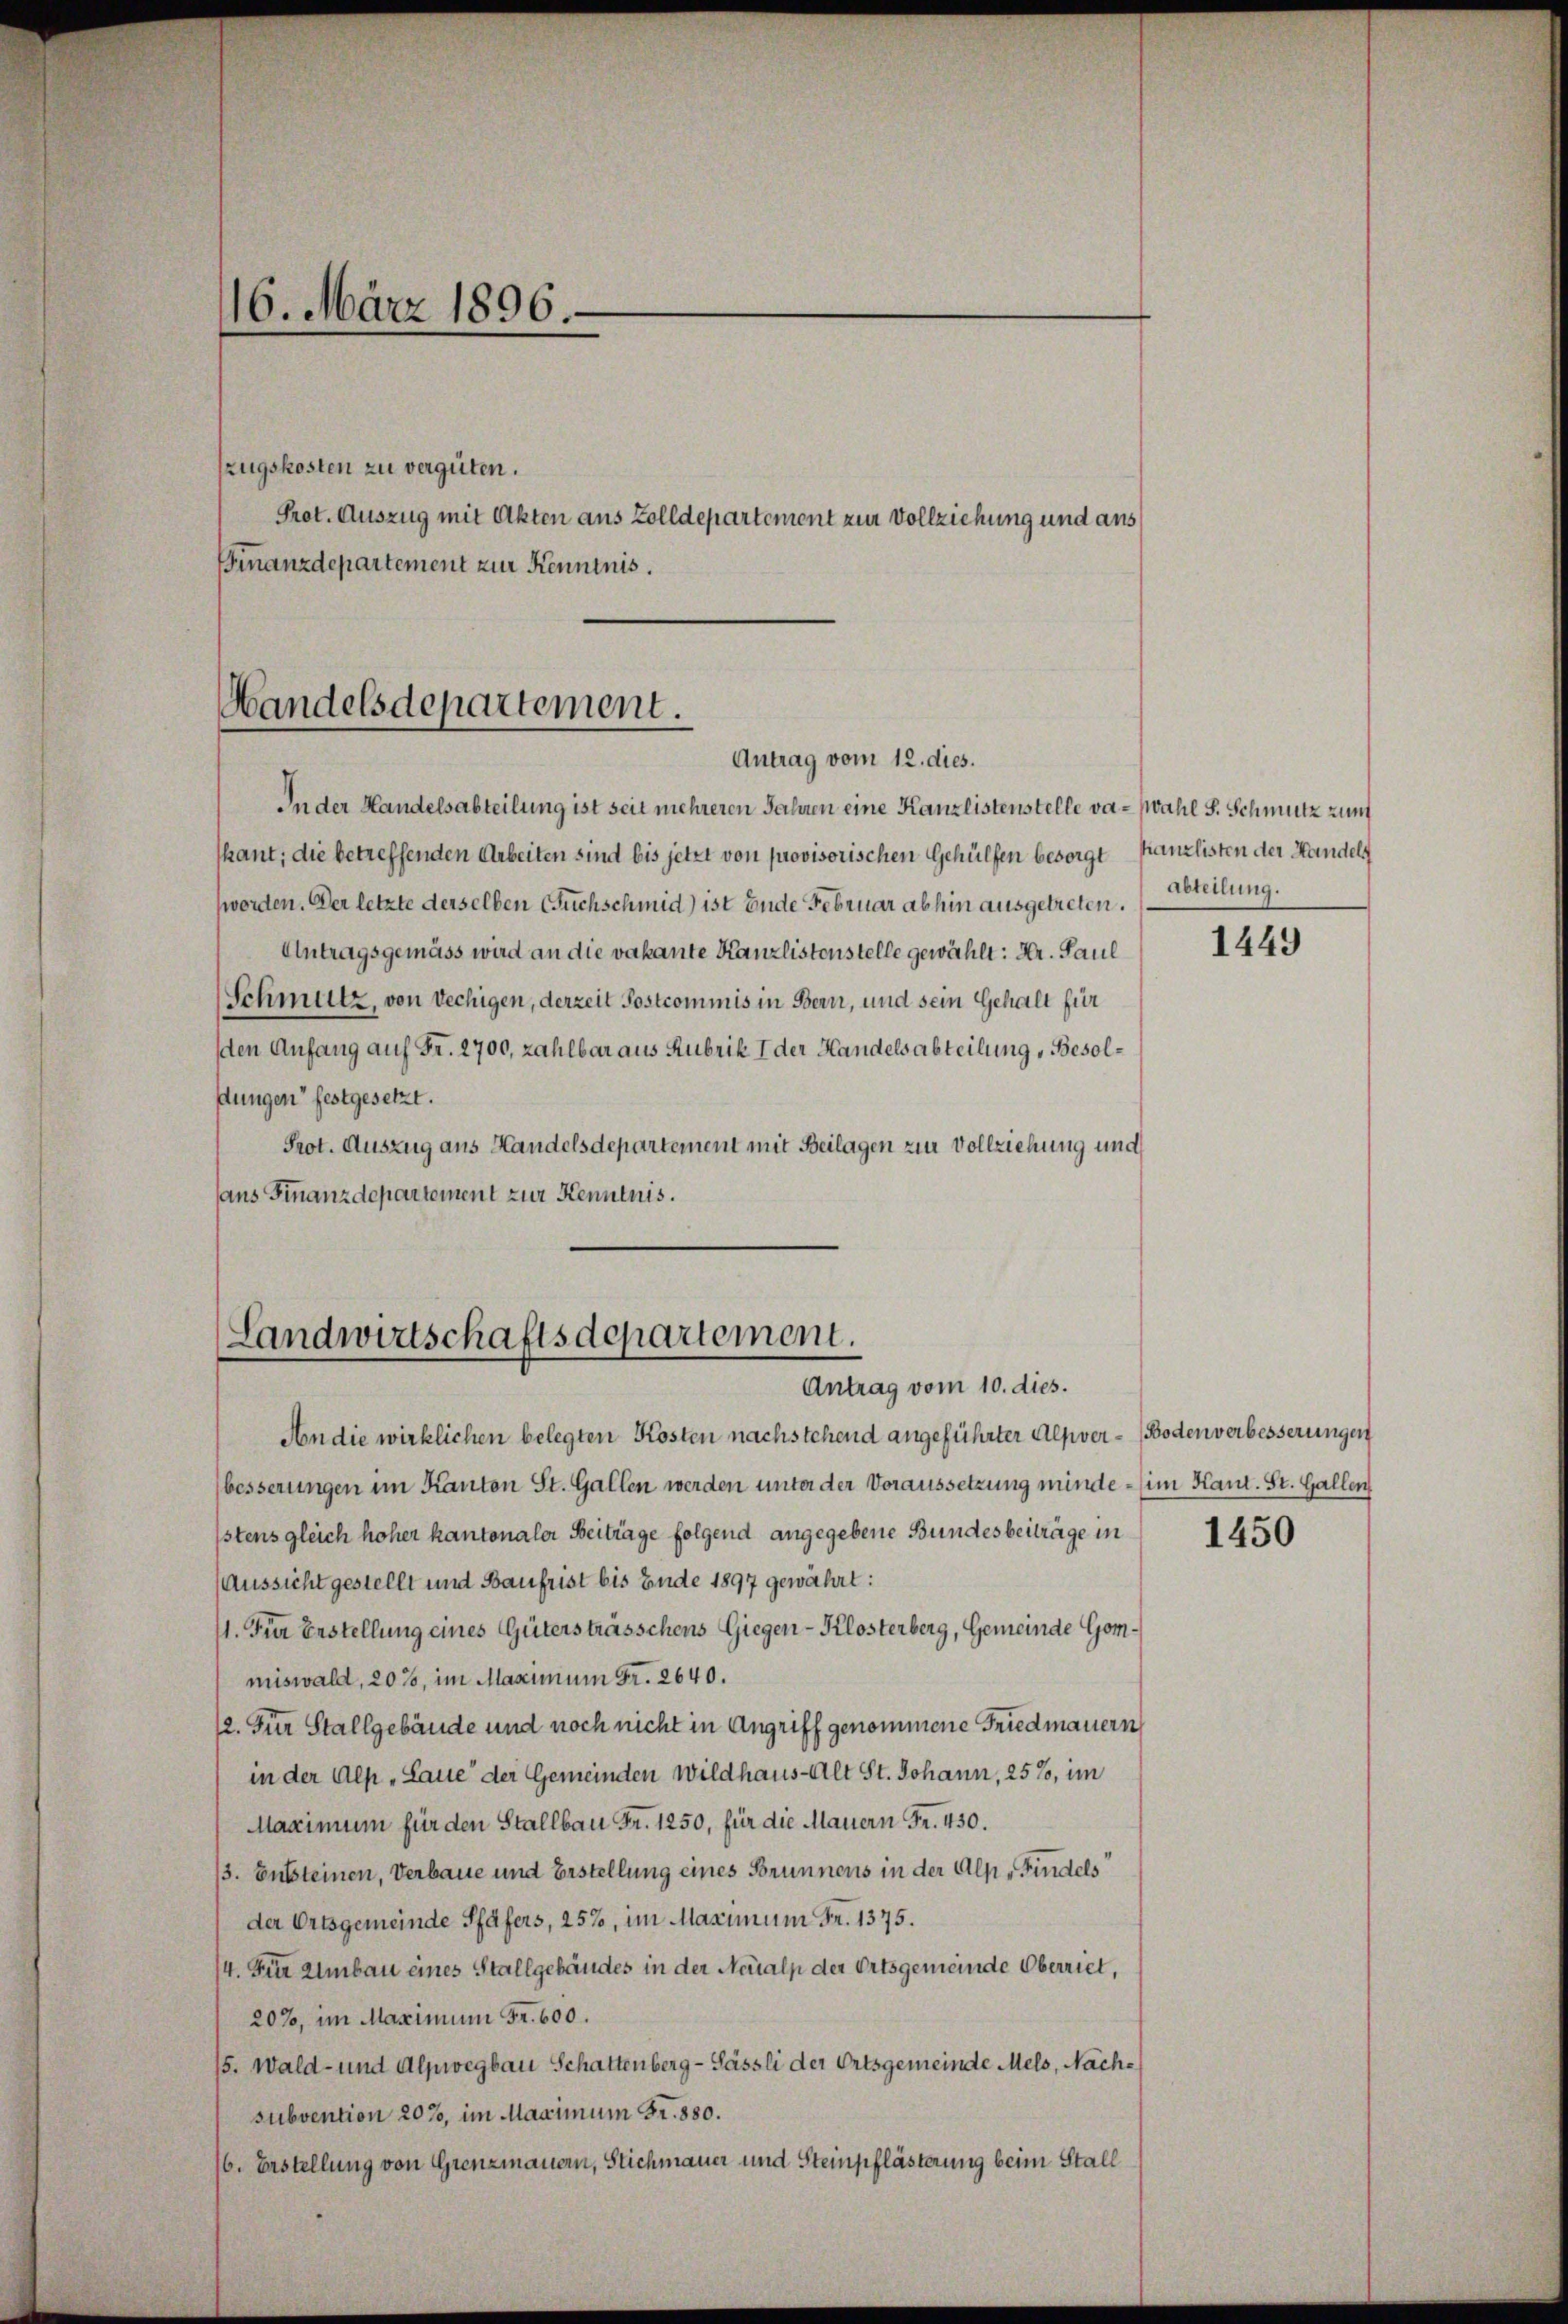
16. März 1896.

zugskosten zu vergüten.
Prot. Auszug mit Akten aus Zolldepartement zur Vollziehung und aus
Finanzdepartement zur Kenntnis.

Handelsdepartement.
Antrag vom 12. dies.

In der Handelsabteilung ist seit mehreren Jahren eine Kanzlistenstelle va-Wahl S. Schmutz zum
kant, die betreffenden Arbeiten sind bis jetzt von provisorischen Gehülfen besorgt Kanzlisten der Handels
worden. Der letzte derselben Buchschmid) ist Ende Februar abhin ausgetreten.
Antragsgemäss wird an die vakante Kanzlistenstelle gewählt: Hr. Paul
Schmutz, von Vechigen, derzeit Postcommis in Bern, und sein Gehalt für
sden Anfang auf Fr. 2700, zahlbar aus Rubrik I der Handelsabteilung, Besoldungen festgesetzt.
Prot. Auszug aus Handelsdepartement mit Beilagen zur Vollziehung und
ans Finanzdepartement zur Kenntnis.

Landwirtschaftsdepartement.
Antrag vom 10. dies.

An die wirklichen belegten Kosten nachstehend angeführter Alpver-Bodenverbesserungen
besserungen im Kanton St. Gallen werden unter der Voraussetzung minde - (im Kant. St. Gallen
stens gleich hoher kantonaler Beiträge folgend angegebene Bundesbeiträge in
(Aussicht gestellt und Baufrist bis Ende 1897 gewährt:
11. Für Erstellung eines Güterstrasschens Giegen-Klosterberg, Gemeinde Gommiswald, 20%, im Maximum Fr. 2640.
12. Für Stallgebäude und noch nicht in Angriff genommene Friedmauern
in der Alp „Laue der Gemeinden Wildhaus-Alt St. Johann, 25%, im
Maximum für den Stallbau Fr. 1250, für die Mauern Fr. 430.
3. Entsteinen, Verbaue und Erstellung eines Brunnens in der Alpe Findels
der Ortsgemeinde Pfäfers, 258, im Maximum Fr. 1375.
14. Für Umbau eines Stallgebäudes in der Neualp der Ortsgemeinde Oberriet,
20%, im Maximum Fr. 600.
15. Wald- und Alpwegbau Schattenberg - Pässli der Ortsgemeinde Mels, Nachsubvention 207, im Maximum Fr. 880.
16. Erstellung von Grenzmauern, Stichmauer und Steinpflästerung beim Stall

abteilung.

1449

1450